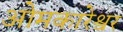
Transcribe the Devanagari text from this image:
ओमकारेश्वर